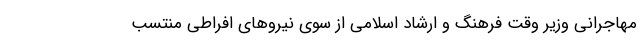
مهاجرانی وزیر وقت فرهنگ و ارشاد اسلامی از سوی نیروهای افراطی منتسب